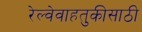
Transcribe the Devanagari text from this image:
रेल्वेवाहतुकीसाठी